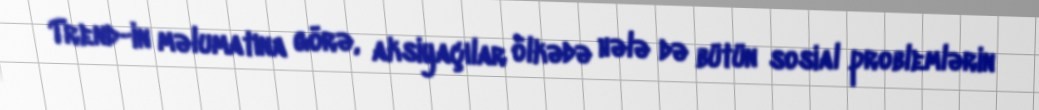
Trend-in məlumatına görə, aksiyaçılar ölkədə hələ də bütün sosial problemlərin